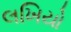
લખિયો